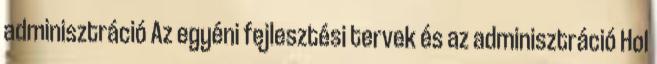
adminisztráció Az egyéni fejlesztési tervek és az adminisztráció Hol